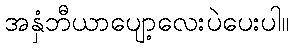
အနှံဘီယာပျော့လေးပဲပေးပါ။